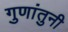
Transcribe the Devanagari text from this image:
गुणांतुनी